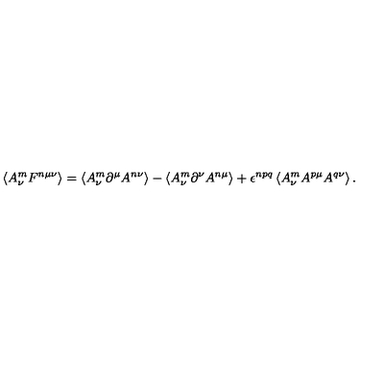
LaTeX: \left\langle A _ { \nu } ^ { m } F ^ { n \mu \nu } \right\rangle = \left\langle A _ { \nu } ^ { m } \partial ^ { \mu } A ^ { n \nu } \right\rangle - \left\langle A _ { \nu } ^ { m } \partial ^ { \nu } A ^ { n \mu } \right\rangle + \epsilon ^ { n p q } \left\langle A _ { \nu } ^ { m } A ^ { p \mu } A ^ { q \nu } \right\rangle .